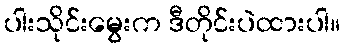
ပါးသိုင်းမွေးက ဒီတိုင်းပဲထားပါ။